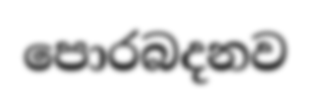
පොරබදනව